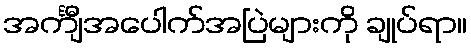
အင်္ကျီအပေါက်အပြဲများကို ချုပ်ရာ။